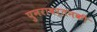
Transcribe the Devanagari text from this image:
पुनरावर्तनकी